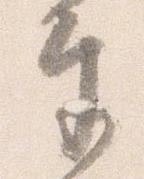
奉